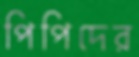
পিপিদের